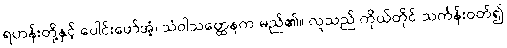
ရဟန်းတို့နှင့် ပေါင်းဖော်အံ့၊ သံဝါသတ္ထေနက မည်၏။ လူသည် ကိုယ်တိုင် သင်္ကန်းဝတ်၍